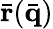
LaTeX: \bar{\mathbf r}(\bar{\mathbf q})